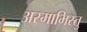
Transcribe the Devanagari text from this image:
अस्माभिस्तु